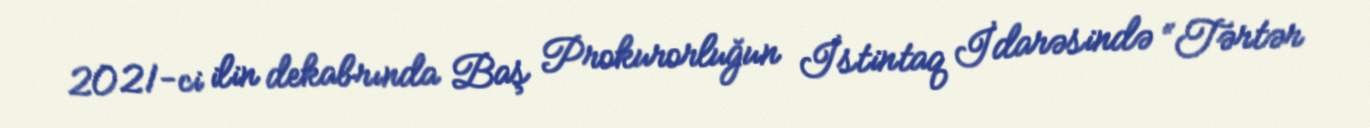
2021-ci ilin dekabrında Baş Prokurorluğun İstintaq İdarəsində “Tərtər